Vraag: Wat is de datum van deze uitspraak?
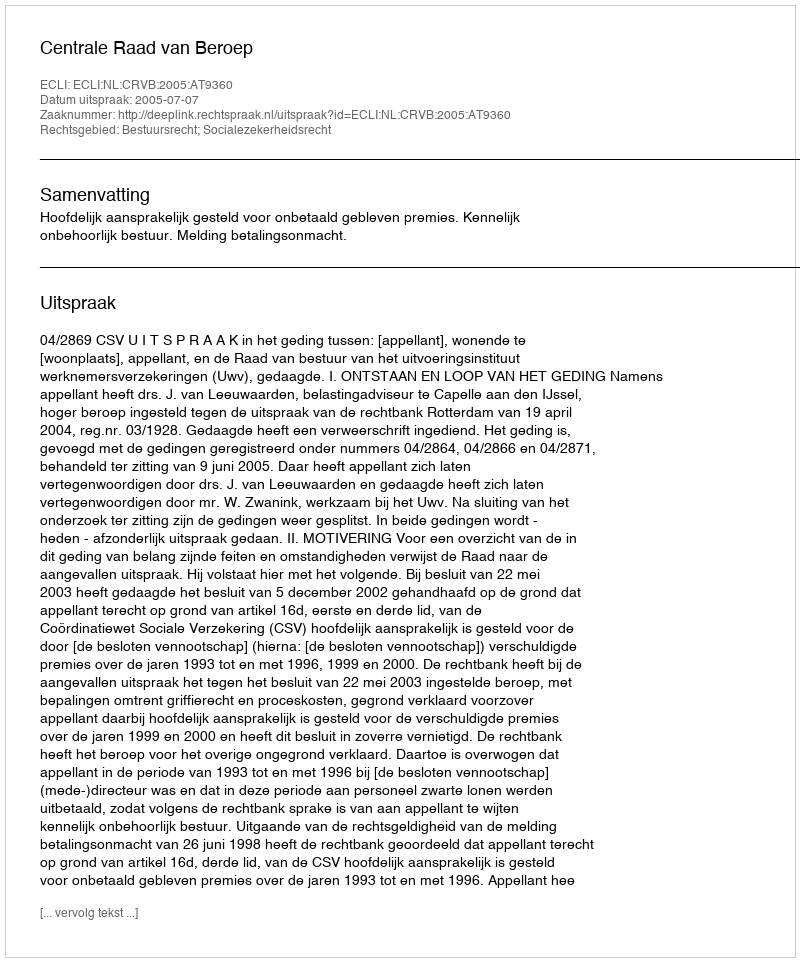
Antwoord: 2005-07-07